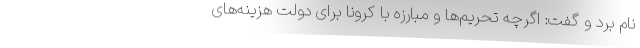
نام برد و گفت: اگرچه تحریم‌ها و مبارزه با کرونا برای دولت هزینه‌های